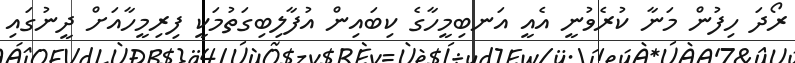
ރޯދަ ހިފުން މަނާ ކުރެވުނީ އެއީ އަނބިމީހާގެ ކިބައިން އުފާލިބިގަތުމަކީ ފިރިމީހާއަށް ދީނުގައި